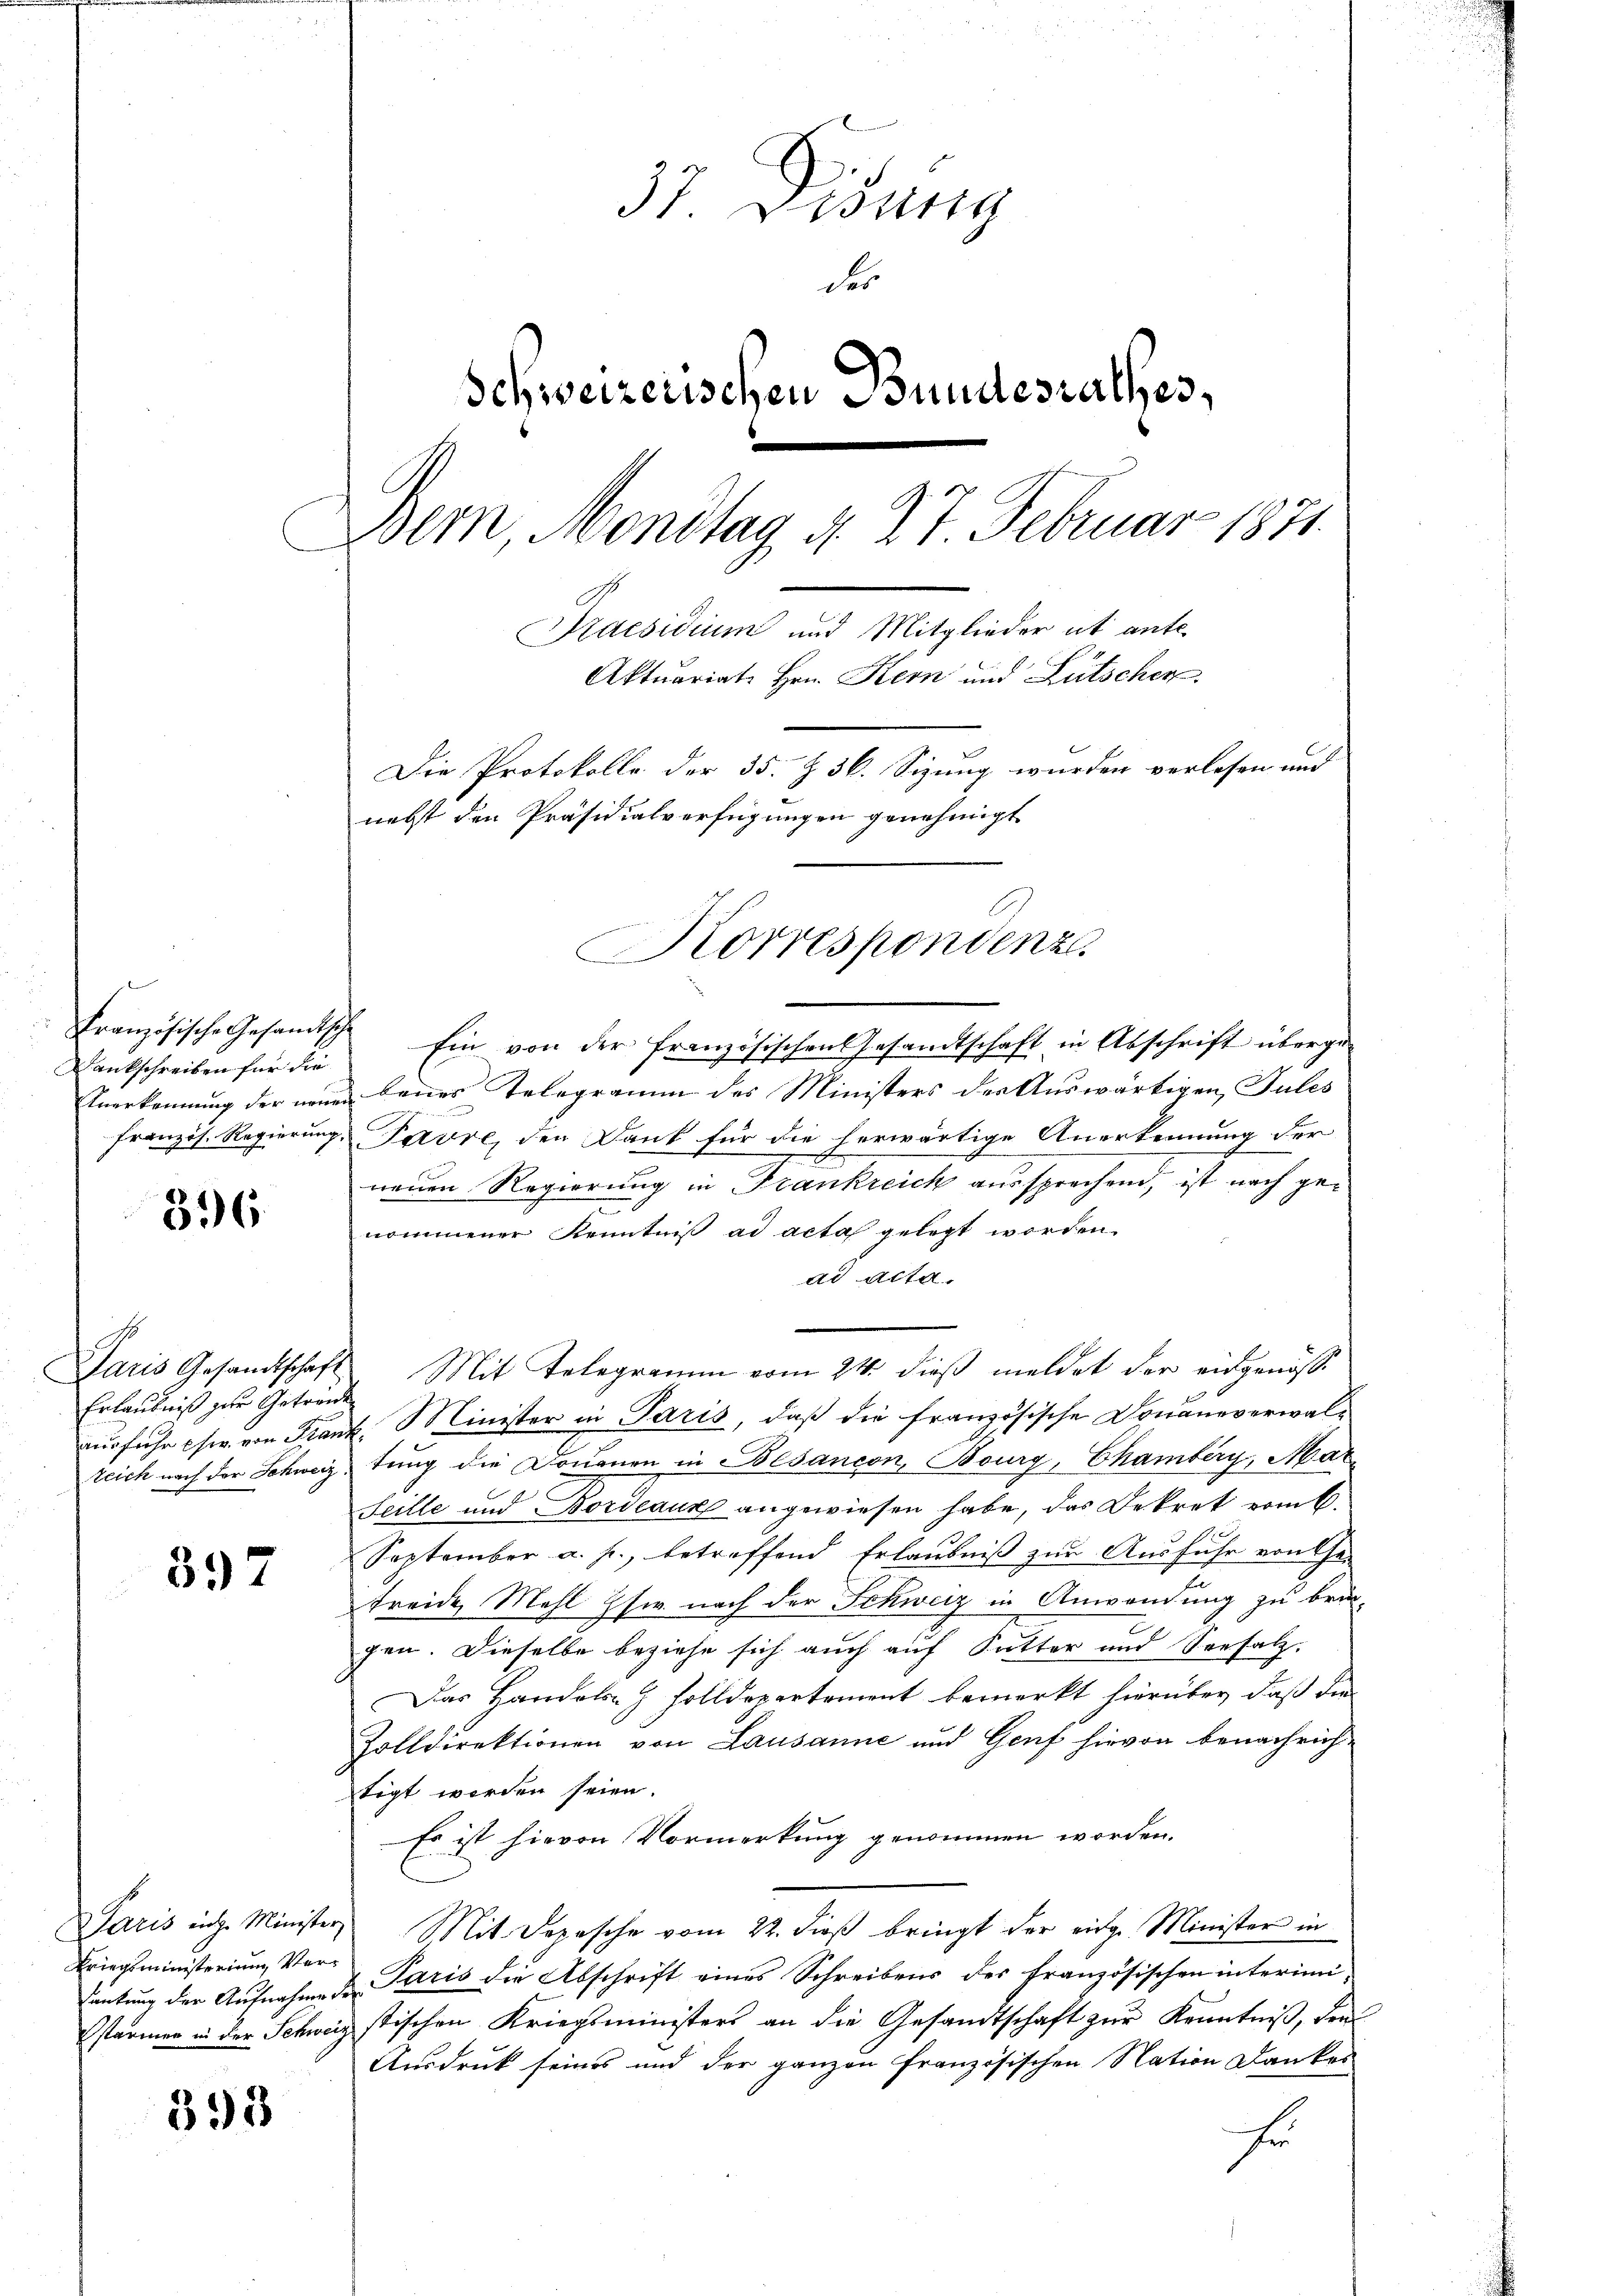
Dankschreiben für die

396.

Daris Gesandtschaft
Erlaubniß zur Getrände

397

Kriegsministerium Ver¬

393

37. Disung
des
Schweizerischen Bundesrathes,
Dem Mondtag d. 27 Februar 1871
Praesidium und Mitglieder ut ante-
Aktuariat Hrn. Kern und Lütscher
Die Protokolle der 35. Z. 36. Sizung wurden verlesen und
nebst den Präsidialverfügungen genehmigt

Französische Gesandtsche Ein von der französischen Gesandtschaft in Abschrift überge-
Anerkennung der neuen baues Telegramm des Ministers der Auswärtigen, Jules
französ. Regierung Pavre, den Dank für die herwärtige Anerkennung der
neuen Regierung in Frankreich aussprechend, ist nach gee
nommener Kenntniß ad acta gelegt worden.
ad Acta.
Mit Telegramm vom 24. dieß meldet der eidgenössi
ausfuhr chi von Franz Minister in Paris, daß die französische Donanzverwalteich nach der Schweiz, tung die Dononen in Besançon, Bourg, Chamberg, Mar¬
Seille und Bordeaux angewiesen habe, das Dekret vom 6.
September a. h., betreffend Erlaubniß zur Ausfuhr von Ge-
Ftreide Mahl se nach der Schweiz in Anwendung zu bringen. Dieselbe beziehe sich auch auf Sutter und Seesalz-
Das Handels- Holldepartement bemerkt hierüber, daß die
Zolldirektionen von Lausanne und Genf hievon benachrichtigt werden seien.
Es ist hievon Vormerkung genommen worden.
Paris in Minister Mit Depesche vom 22. dieß bringt der eidge Minister in
autung der Aufnahme der Paris die Abschrift eines Schreibens des französischen interimisarmen in der Schweiz stischen Kriegsministers an die Gesandtschaft zur Kenntniß, den
Ausdruck seines und der ganzen französischen Nation Dankes
Fr

Korrespondenz